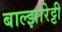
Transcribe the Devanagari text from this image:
बाल्झारेट्टी